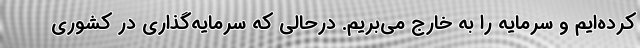
کرده‌ایم و سرمایه را به خارج می‌بریم. درحالی که سرمایه‌گذاری در کشوری